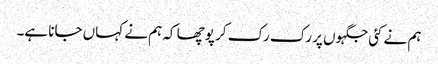
ہم نے کئی جگہوں پر رک رک کر پوچھا کہ ہم نے کہاں جانا ہے۔